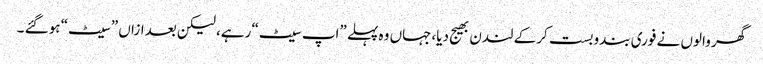
گھر والوں نے فوری بندوبست کرکے لندن بھیج دیا،جہاں وہ پہلے ”اپ سیٹ“ رہے، لیکن بعدازاں ”سیٹ“ ہوگئے ۔